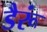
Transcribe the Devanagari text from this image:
डैरूं